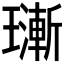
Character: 𱯴